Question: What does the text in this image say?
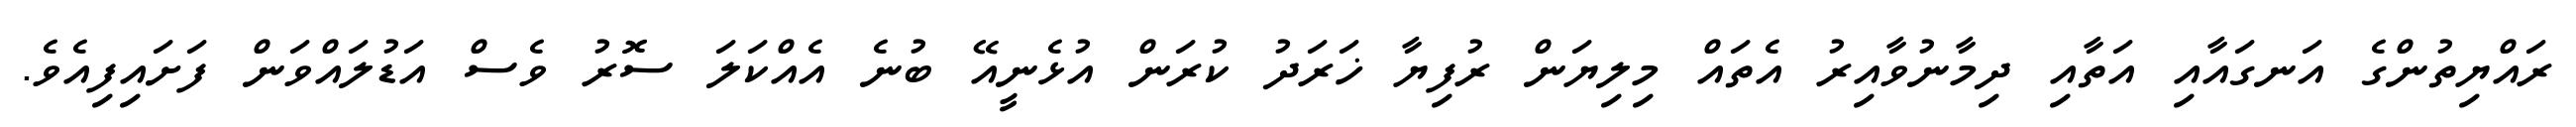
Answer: ރައްޔިތުންގެ އަނގައާއި އަތާއި ދިމާނުވާއިރު އެތައް މިލިޔަން ރުފިޔާ ޚަރަދު ކުރަން އުޅެނީއޭ ބުނެ އެއްކަލަ ސޮރު ވެސް އަޑުލައްވަން ފަށައިފިއެވެ.